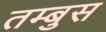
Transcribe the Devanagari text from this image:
तम्बुस